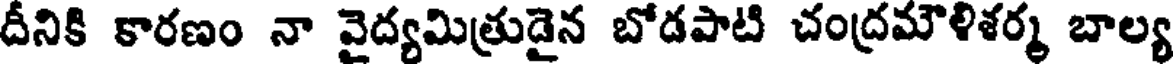
దీనికి కారణం నా వైద్యమిత్రుడైన బోడపాటి చంద్రమౌళిశర్మ బాల్య